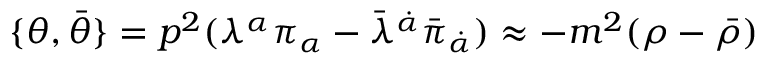
\{ \theta , \bar { \theta } \} = p ^ { 2 } ( \lambda ^ { \alpha } \pi _ { \alpha } - \bar { \lambda } ^ { \dot { \alpha } } \bar { \pi } _ { \dot { \alpha } } ) \approx - m ^ { 2 } ( \rho - \bar { \rho } )